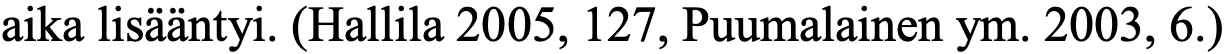
aika lisääntyi. (Hallila 2005, 127, Puumalainen ym. 2003, 6.)